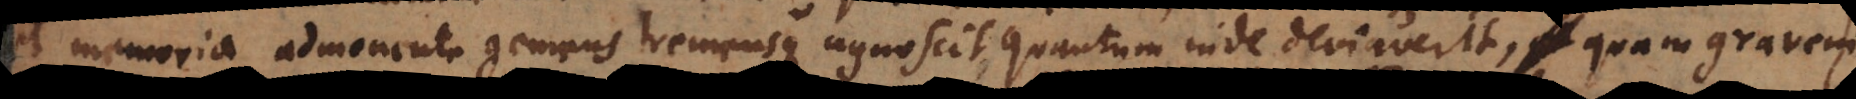
et memoria admonente gemens tremensque agnoscit quantum inde deviaverit, quam gravem